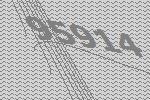
95914